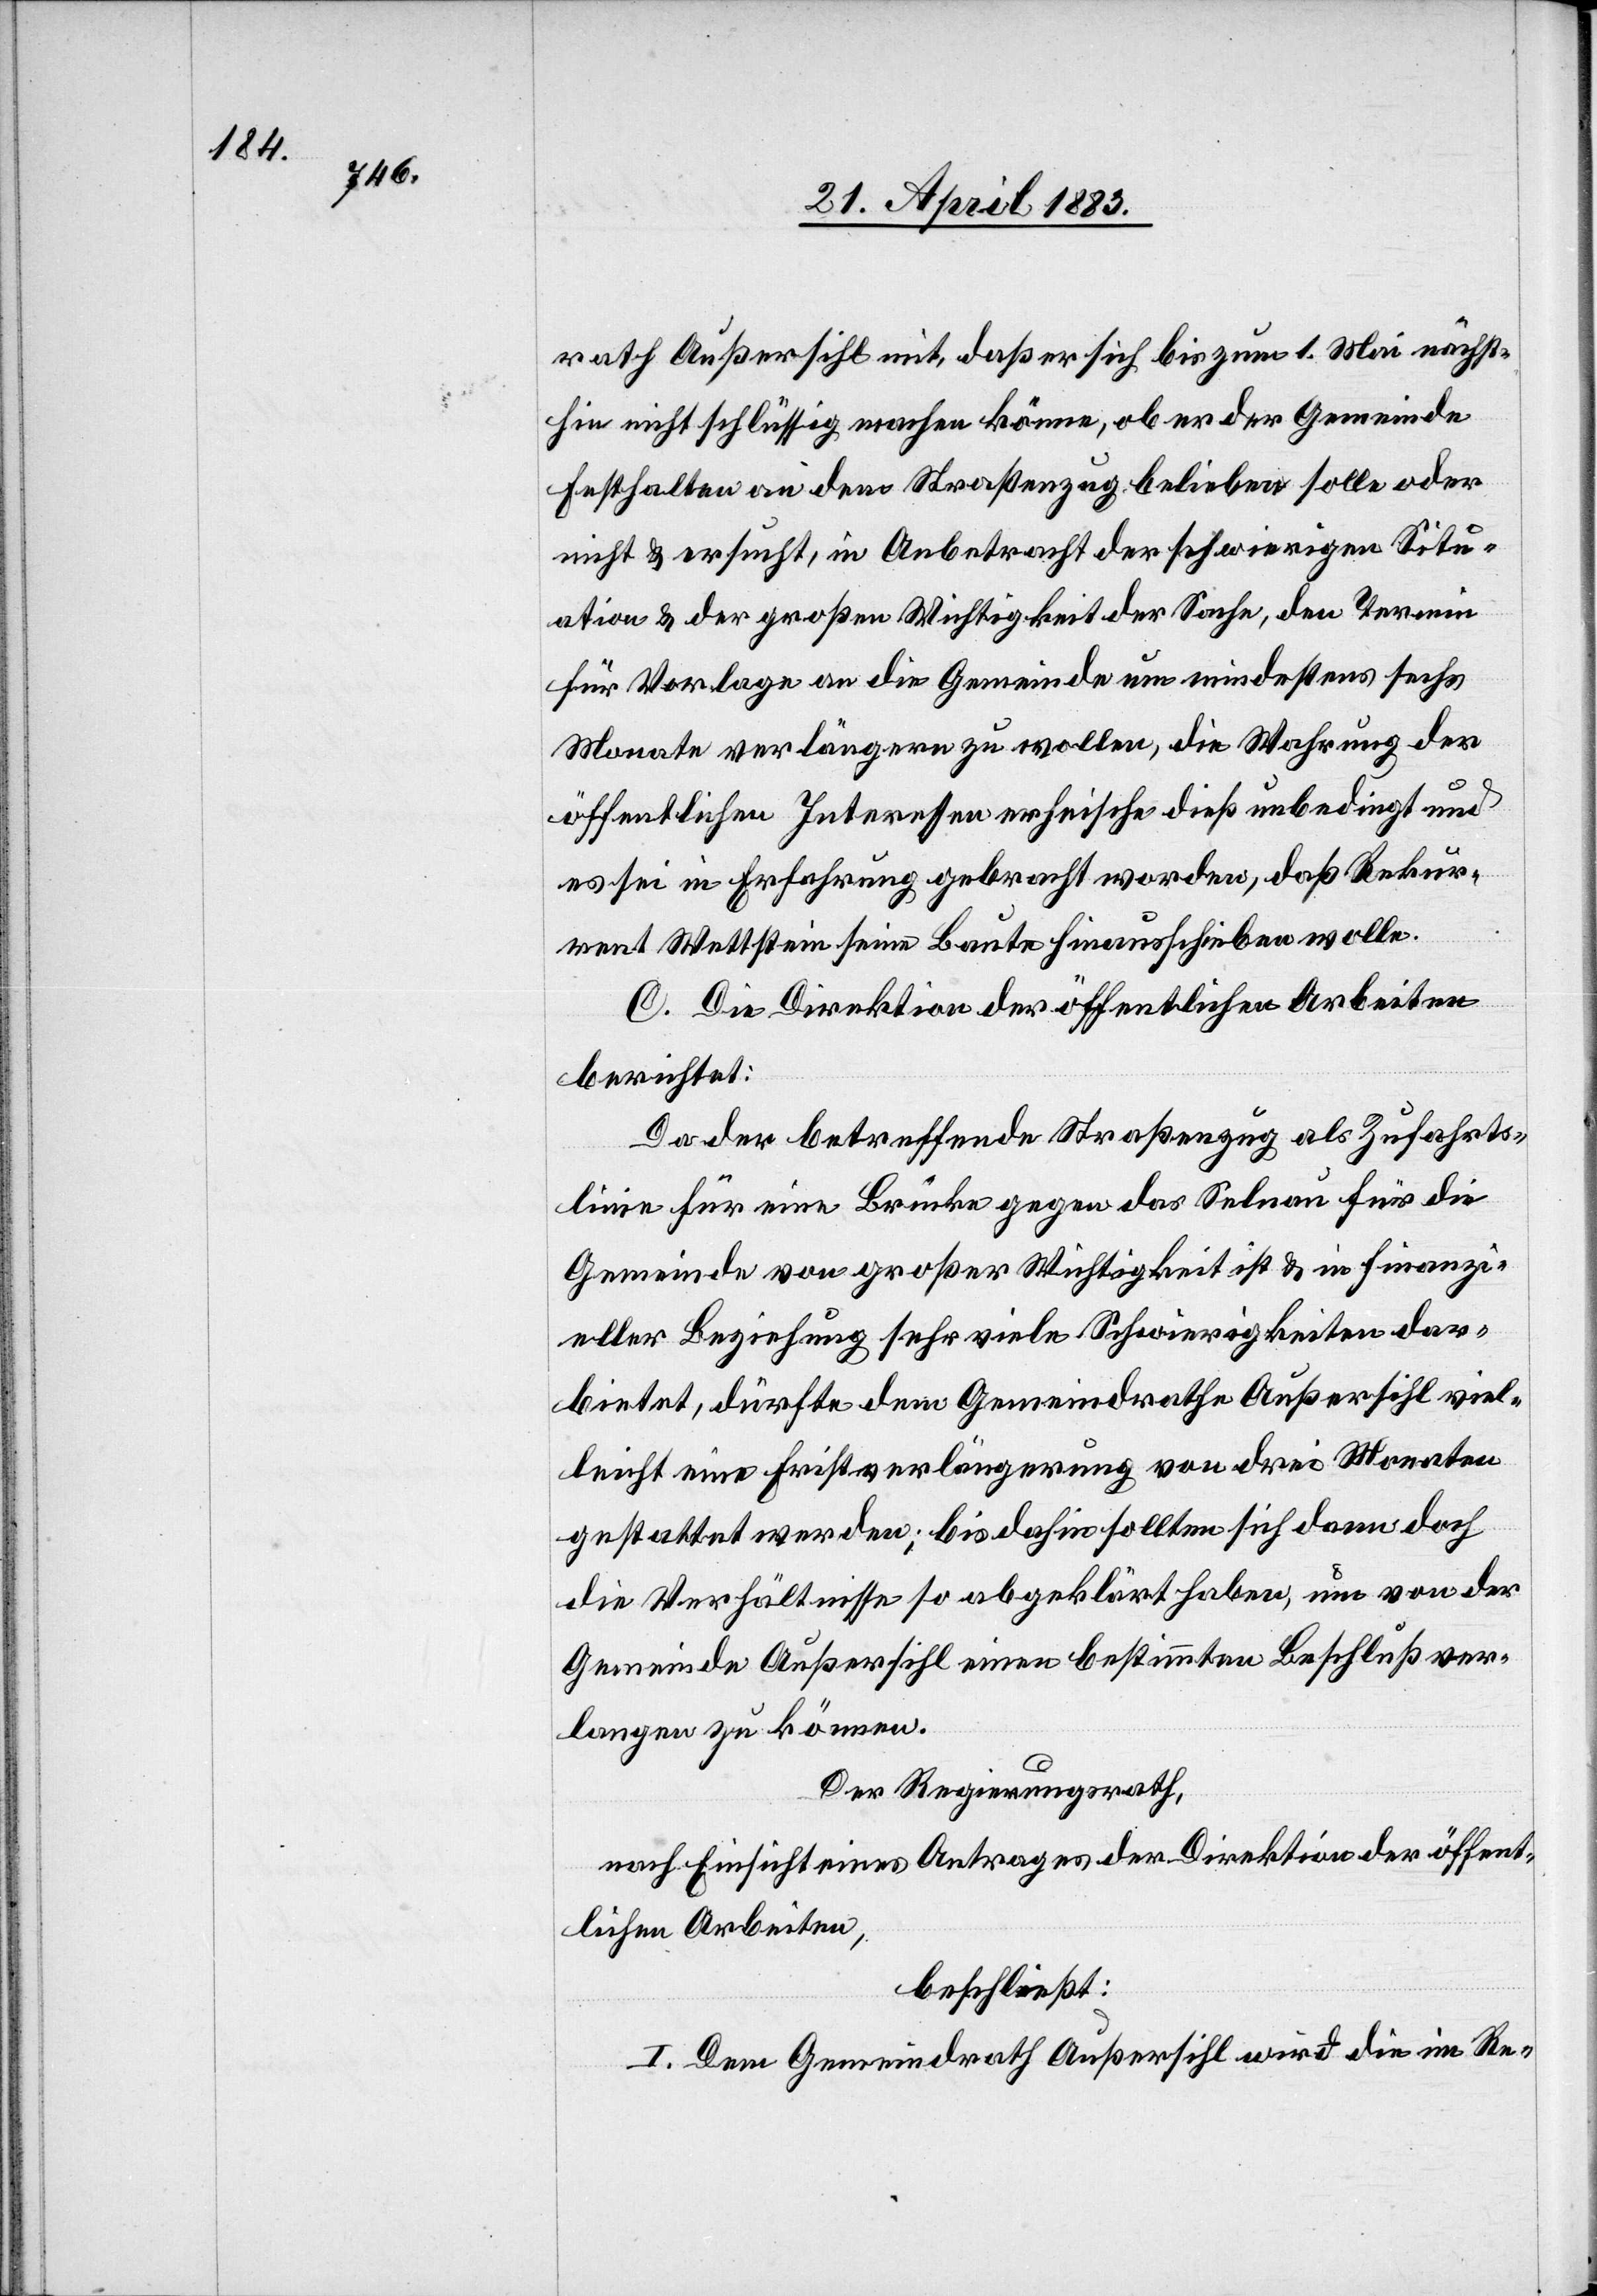
rath Außersihl mit, daß er sich bis zum 1. Mai nächst¬
hin nicht schlüssig machen könne, ob er der Gemeinde
Festhalten an dem Straßenzug belieben solle oder
nicht & ersucht, in Anbetracht der schwierigen Situ¬
ation & der großen Wichtigkeit der Sache, den Termin
für Vorlage an die Gemeinde um mindestens sechs
Monate verlängern zu wollen, die Wahrung der
öffentlichen Interessen erheische dieß unbedingt und
es sei in Erfahrung gebracht worden, daß Rekur¬
rent Wettstein seine Baute hinausschieben wolle.
C. Die Direktion der öffentlichen Arbeiten
berichtet:
Da der betreffende Straßenzug als Zufahrts¬
linie für eine Brücke gegen das Selnau für die
Gemeinde von großer Wichtigkeit ist & in finanzi¬
eller Beziehung sehr viele Schwierigkeiten dar¬
bietet, dürfte dem Gemeindrathe Außersihl viel¬
leicht eine Fristverlängerung von drei Monaten
gestattet werden; bis dahin sollten sich dann doch
die Verhältnisse so abgeklärt haben, um von der
Gemeinde Außersihl einen bestimmten Beschluß ver¬
langen zu können.
Der Regierungsrath,
nach Einsicht eines Antrages der Direktion der öffent¬
lichen Arbeiten,
beschließt:
I. Dem Gemeindrath Außersihl wird die im Re-